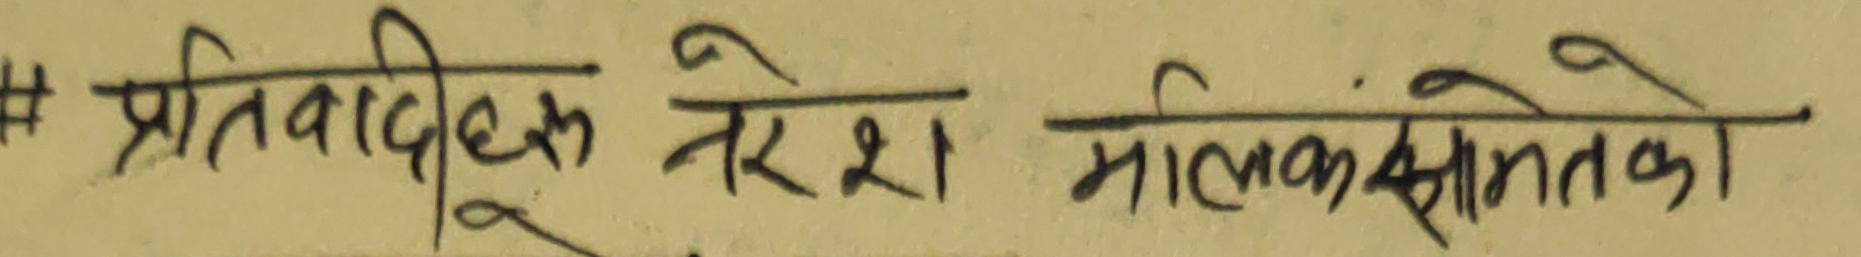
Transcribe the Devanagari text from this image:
# प्रतिवादीक नरेश मालकसमतका